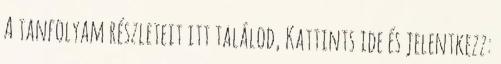
A tanfolyam részleteit itt találod, Kattints ide és jelentkezz: